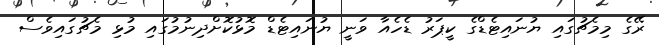
ރޭގެ މިމެޗުގައި ޔުނައިޓެޑްގެ ކީޕަރު ޑެހެއާ ވަނީ ޔުނައިޓެޑް މޮޅުކޮށްދިނުމުގައި މުޅި މެޗުގައިވެސް